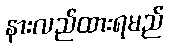
နားလည်ထားရမည်